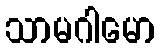
သာမဂါမော